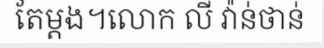
តែម្តង។លោក លី វ៉ាន់ថាន់